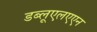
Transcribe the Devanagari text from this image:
डब्लूएलएएन